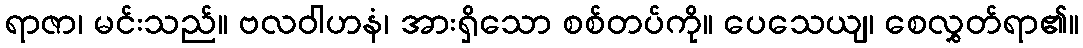
ရာဇာ၊ မင်းသည်။ ဗလဝါဟနံ၊ အားရှိသော စစ်တပ်ကို။ ပေသေယျ၊ စေလွှတ်ရာ၏။